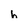
Character: h